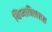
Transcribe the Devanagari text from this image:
थिय्याबिल्लास